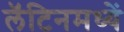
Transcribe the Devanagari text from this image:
लॅटिनमध्यें